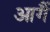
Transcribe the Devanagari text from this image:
आगैं